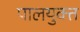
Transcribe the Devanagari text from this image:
पालयुक्त